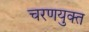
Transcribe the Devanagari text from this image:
चरणयुक्त